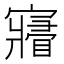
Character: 𡫧